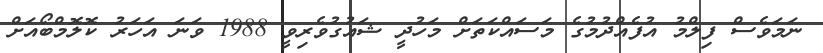
ނަމަވެސް ފިލްމު އުފެއްދުމުގެ މަސައްކަތަށް މަހުދީ ޝައުގުވެރިވީ 1988 ވަނަ އަހަރު ކޮލޮމްބޯއަށް